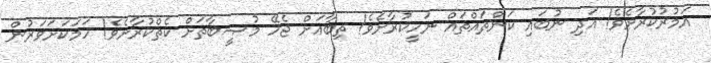
އަމުރުކުރާށެވެ! އަދި ނުބައި ކަންތައްތައް ނަހީކުރާށެވެ! ތިބާއަށް ޖެހޭ މުޞީބާތަށް ކެތްކުރާށެވެ! ހަމަކަށަވަރުން